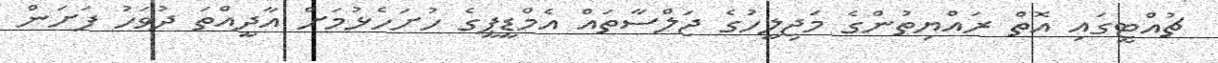
ޗުއްޓީގައި އޮތް ރައްޔިތުންގެ މަޖިލީހުގެ ޖަލްސާތައް އެމްޑީޕީގެ ހުށަހެޅުމަށް އާދީއްތަ ދުވަހު ފަށަން